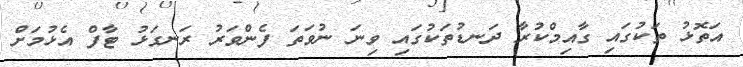
އަތޮޅު ތަކުގައި ގާއިމްކުރާ ދަނޑުތަކުގައި ވިނަ ނުވަތަ ފެންވަރު ރަނގަޅު ޓާފް އެޅުމަށް